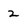
Character: 2